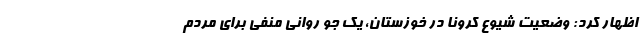
اظهار کرد: وضعیت شیوع کرونا در خوزستان، یک جو روانی منفی برای مردم